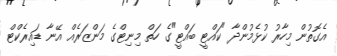
އެގޮތުން މިހާރު ކުޅެމުންދާ "ކައްޓީ ބައްޓީ"ގެ ހަތް މިނިޓްގެ މަންޒަރެއް އޭނާ ޑައިރެކްޓް